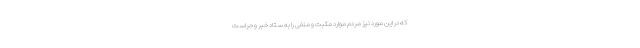
که در این مورد نیز مردم موارد مثبت و منفی را به ستاد خبر و حراست